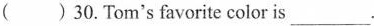
( ) 30.Tom's favorite color is ___